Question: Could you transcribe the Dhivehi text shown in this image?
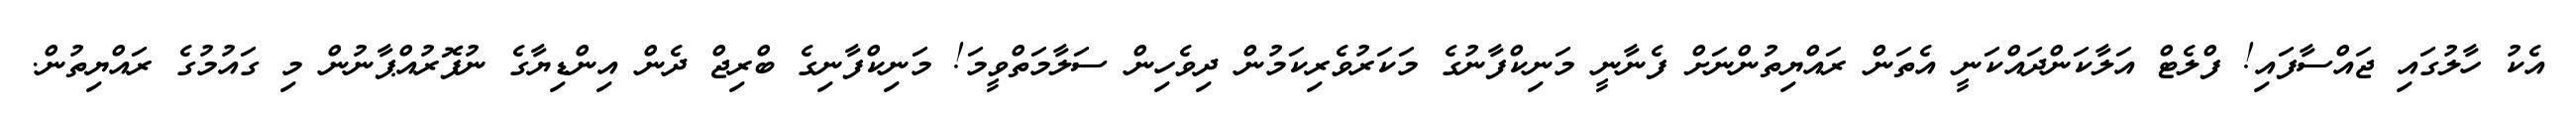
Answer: އެކު ހާލުގައި ޖައްސާފައި! ފްލެޓް އަލާކަންދައްކަނީ އެތަން ރައްޔިތުންނަށް ފެނާނީ މަނިކްފާނުގެ މަކަރުވެރިކަމުން ދިވެހިން ސަލާމަތްވީމަ! މަނިކްފާނިގެ ބްރިޖް ދެން އިންޑިޔާގެ ނުފޮރުއްޕާނުން މި ގައުމުގެ ރައްޔިތުން.